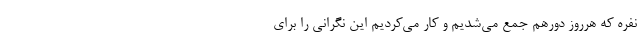
نفره که هرروز دورهم جمع می‌شدیم و کار می‌کردیم این نگرانی را برای